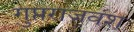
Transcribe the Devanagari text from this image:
गुप्तराजवंश